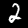
Digit: 2